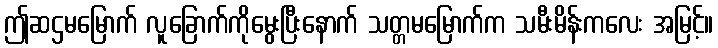
ဤဆဌမမြောက် လူခြောက်ကိုမွေးပြီးနောက် သတ္တမမြောက်က သမီးမိန်းကလေး အမြင့်။